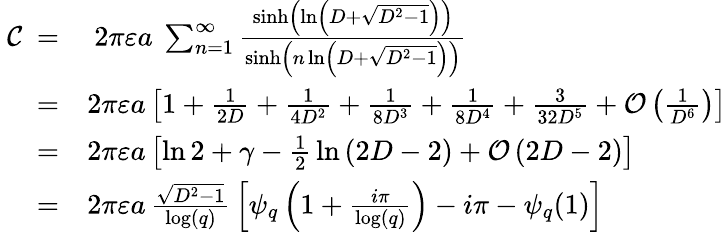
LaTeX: {\begin{array}{rl}{\ {\mathcal{C}}\ =}&{\ 2\pi\varepsilon a\ \sum_{n=1}^{\infty}{\frac{\sinh\left(\ln\left(D+{\sqrt{D^{2}-1}}\right)\right)}{\sinh\left(n\ln\left(D+{\sqrt{D^{2}-1}}\right)\right)}}}\\ {=}&{2\pi\varepsilon a\left[1+{\frac{1}{2D}}+{\frac{1}{4D^{2}}}+{\frac{1}{8D^{3}}}+{\frac{1}{8D^{4}}}+{\frac{3}{32D^{5}}}+{\mathcal{O}}\left({\frac{1}{D^{6}}}\right)\right]}\\ {=}&{2\pi\varepsilon a\left[\ln 2+\gamma-{\frac{1}{2}}\ln\left(2D-2\right)+{\mathcal{O}}\left(2D-2\right)\right]}\\ {=}&{2\pi\varepsilon a\, {\frac{\sqrt{D^{2}-1}}{\log(q)}}\left[\psi_{q}\left(1+{\frac{i\pi}{\log(q)}}\right)-i\pi-\psi_{q}(1)\right]}\end{array}}